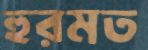
হুরমত